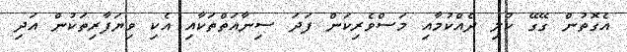
އެގޮތުން ގޭގޭ ކުލި ދެއްކުމާއި މަސްވެރިކަން ފަދަ ސިނާއަތްތަކާއި އެކި ވިޔަފާރިތަކުން އަދި